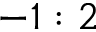
- 1 : 2